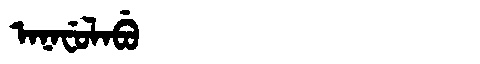
Manchu: ᠠᠨᠠᠸᡠᠯᠠᠪᡠ
Romanization: ANAFULABU